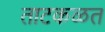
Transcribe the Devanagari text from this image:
ताटकळत